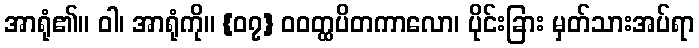
အာရုံ၏။ ဝါ၊ အာရုံကို။ {၀၇} ဝဝတ္ထပိတကာလော၊ ပိုင်းခြား မှတ်သားအပ်ရာ